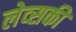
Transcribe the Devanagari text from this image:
लेव्‍सकी